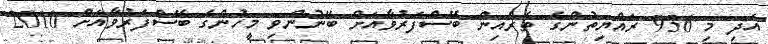
އަދި މި 936 ރައްޔިތުންގެ ތެރެއިން ބޭސްފަރުވާއަށް ބޭނުންވި މީހުންގެ ބޭސްފަރުވާއަށް 2010